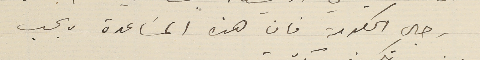
رجال الحكومة فان هذه المسَاعدة يجب